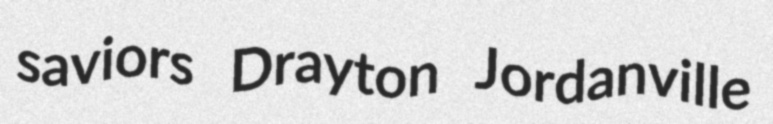
saviors Drayton Jordanville